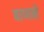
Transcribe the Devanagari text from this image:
बाणने